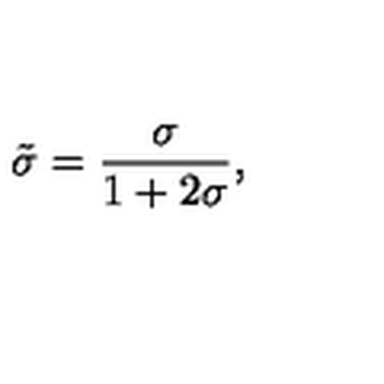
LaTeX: \tilde { \sigma } = { \frac { \sigma } { 1 + 2 \sigma } } ,